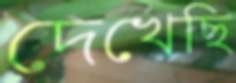
দেখেছি